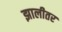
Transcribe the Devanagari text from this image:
झालीतर